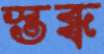
স্তব্ধ